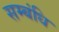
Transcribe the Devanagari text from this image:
सम्बंधि